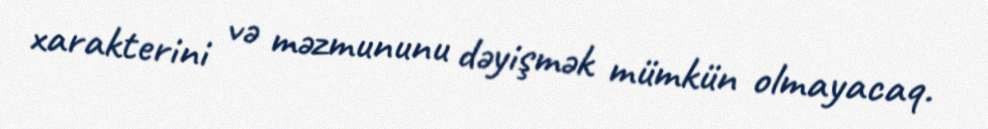
xarakterini və məzmununu dəyişmək mümkün olmayacaq.